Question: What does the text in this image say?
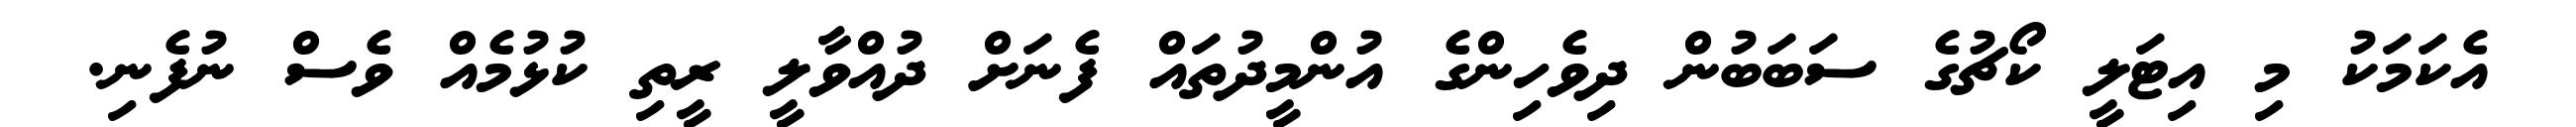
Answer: އެކަމަކު މި އިޓަލީ ކޯޗުގެ ސަބަބުން ދިވެހިންގެ އުންމީދުތައް ފެނަށް ދުއްވާލީ ރީތި ކުޅުމެއް ވެސް ނުފެނި.